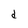
Character: d